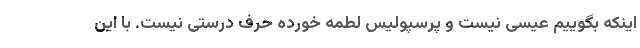
اینکه بگوییم عیسی نیست و پرسپولیس لطمه خورده حرف درستی نیست. با این